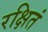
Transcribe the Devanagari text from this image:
रक्षितं